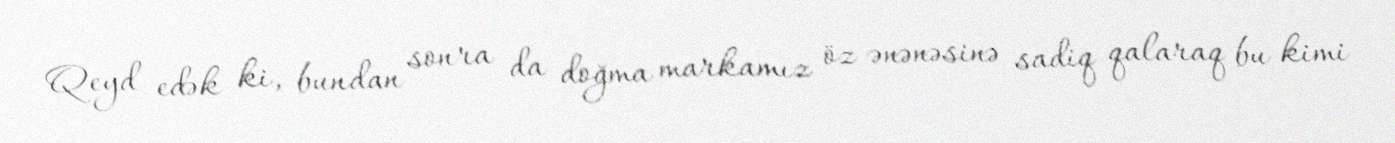
Qeyd edək ki, bundan sonra da doğma markamız öz ənənəsinə sadiq qalaraq bu kimi